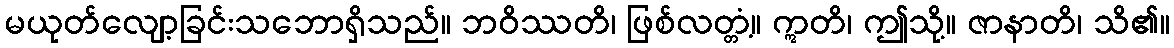
မယုတ်လျော့ခြင်းသဘောရှိသည်။ ဘဝိဿတိ၊ ဖြစ်လတ္တံ့။ ဣတိ၊ ဤသို့။ ဇာနာတိ၊ သိ၏။